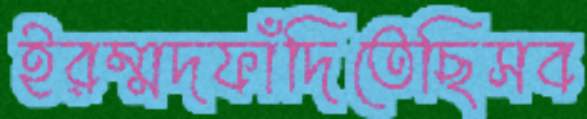
ইরম্মদফাঁদিতেছিসব